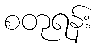
စတုရန်း